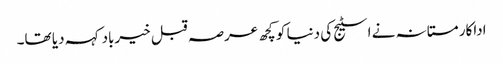
اداکار مستانہ نے اسٹیج کی دنیا کو کچھ عرصہ قبل خیرباد کہہ دیا تھا۔